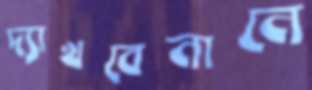
দ্যাখবেনানে